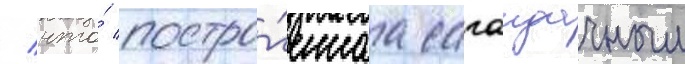
/ что́ постро́еннаа сагаидачным